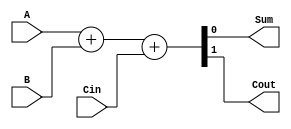
module arithmetic_block(
    input A,
    input B,
    input Cin,
    output Sum,
    output Cout
);

assign {Cout, Sum} = A + B + Cin;

endmodule